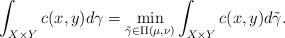
LaTeX: \begin{align*}\int_{X\times Y} c(x, y) d\gamma = \min_{\tilde{\gamma}\in \Pi(\mu, \nu)} \int_{X\times Y} c(x, y) d\tilde\gamma.\end{align*}